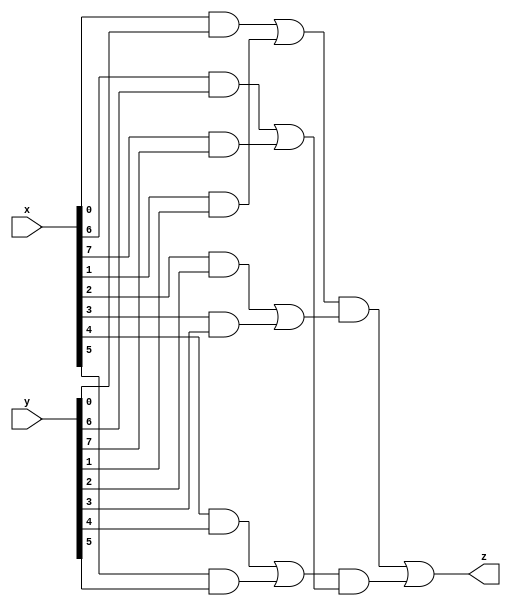
`timescale 1ns / 1ps

module complex (
    input [7:0] x,
    input [7:0] y,
    output z
);

  wire [7:0] levelFirst;
  wire [3:0] levelScond;
  wire [1:0] levelThird;
  wire levelFourth;
  genvar i;

  generate
    for(i = 0; i < 8; i = i + 1) begin
			assign levelFirst[i] = x [i] && y[i];
			if (i % 2 == 1)
				assign levelScond[(i-1)/2] = levelFirst[i-1] || levelFirst[i];
			if (i % 4 == 3)
				assign levelThird[(i-3)/4] = levelScond[(i-3)/2] && levelScond[(i-1)/2];
			if (i % 8 == 7)
				assign levelFourth = levelThird[i-7] || levelThird[i-6];
		end
		assign z = levelFourth;
	endgenerate

endmodule //complex